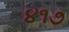
૪૧૭